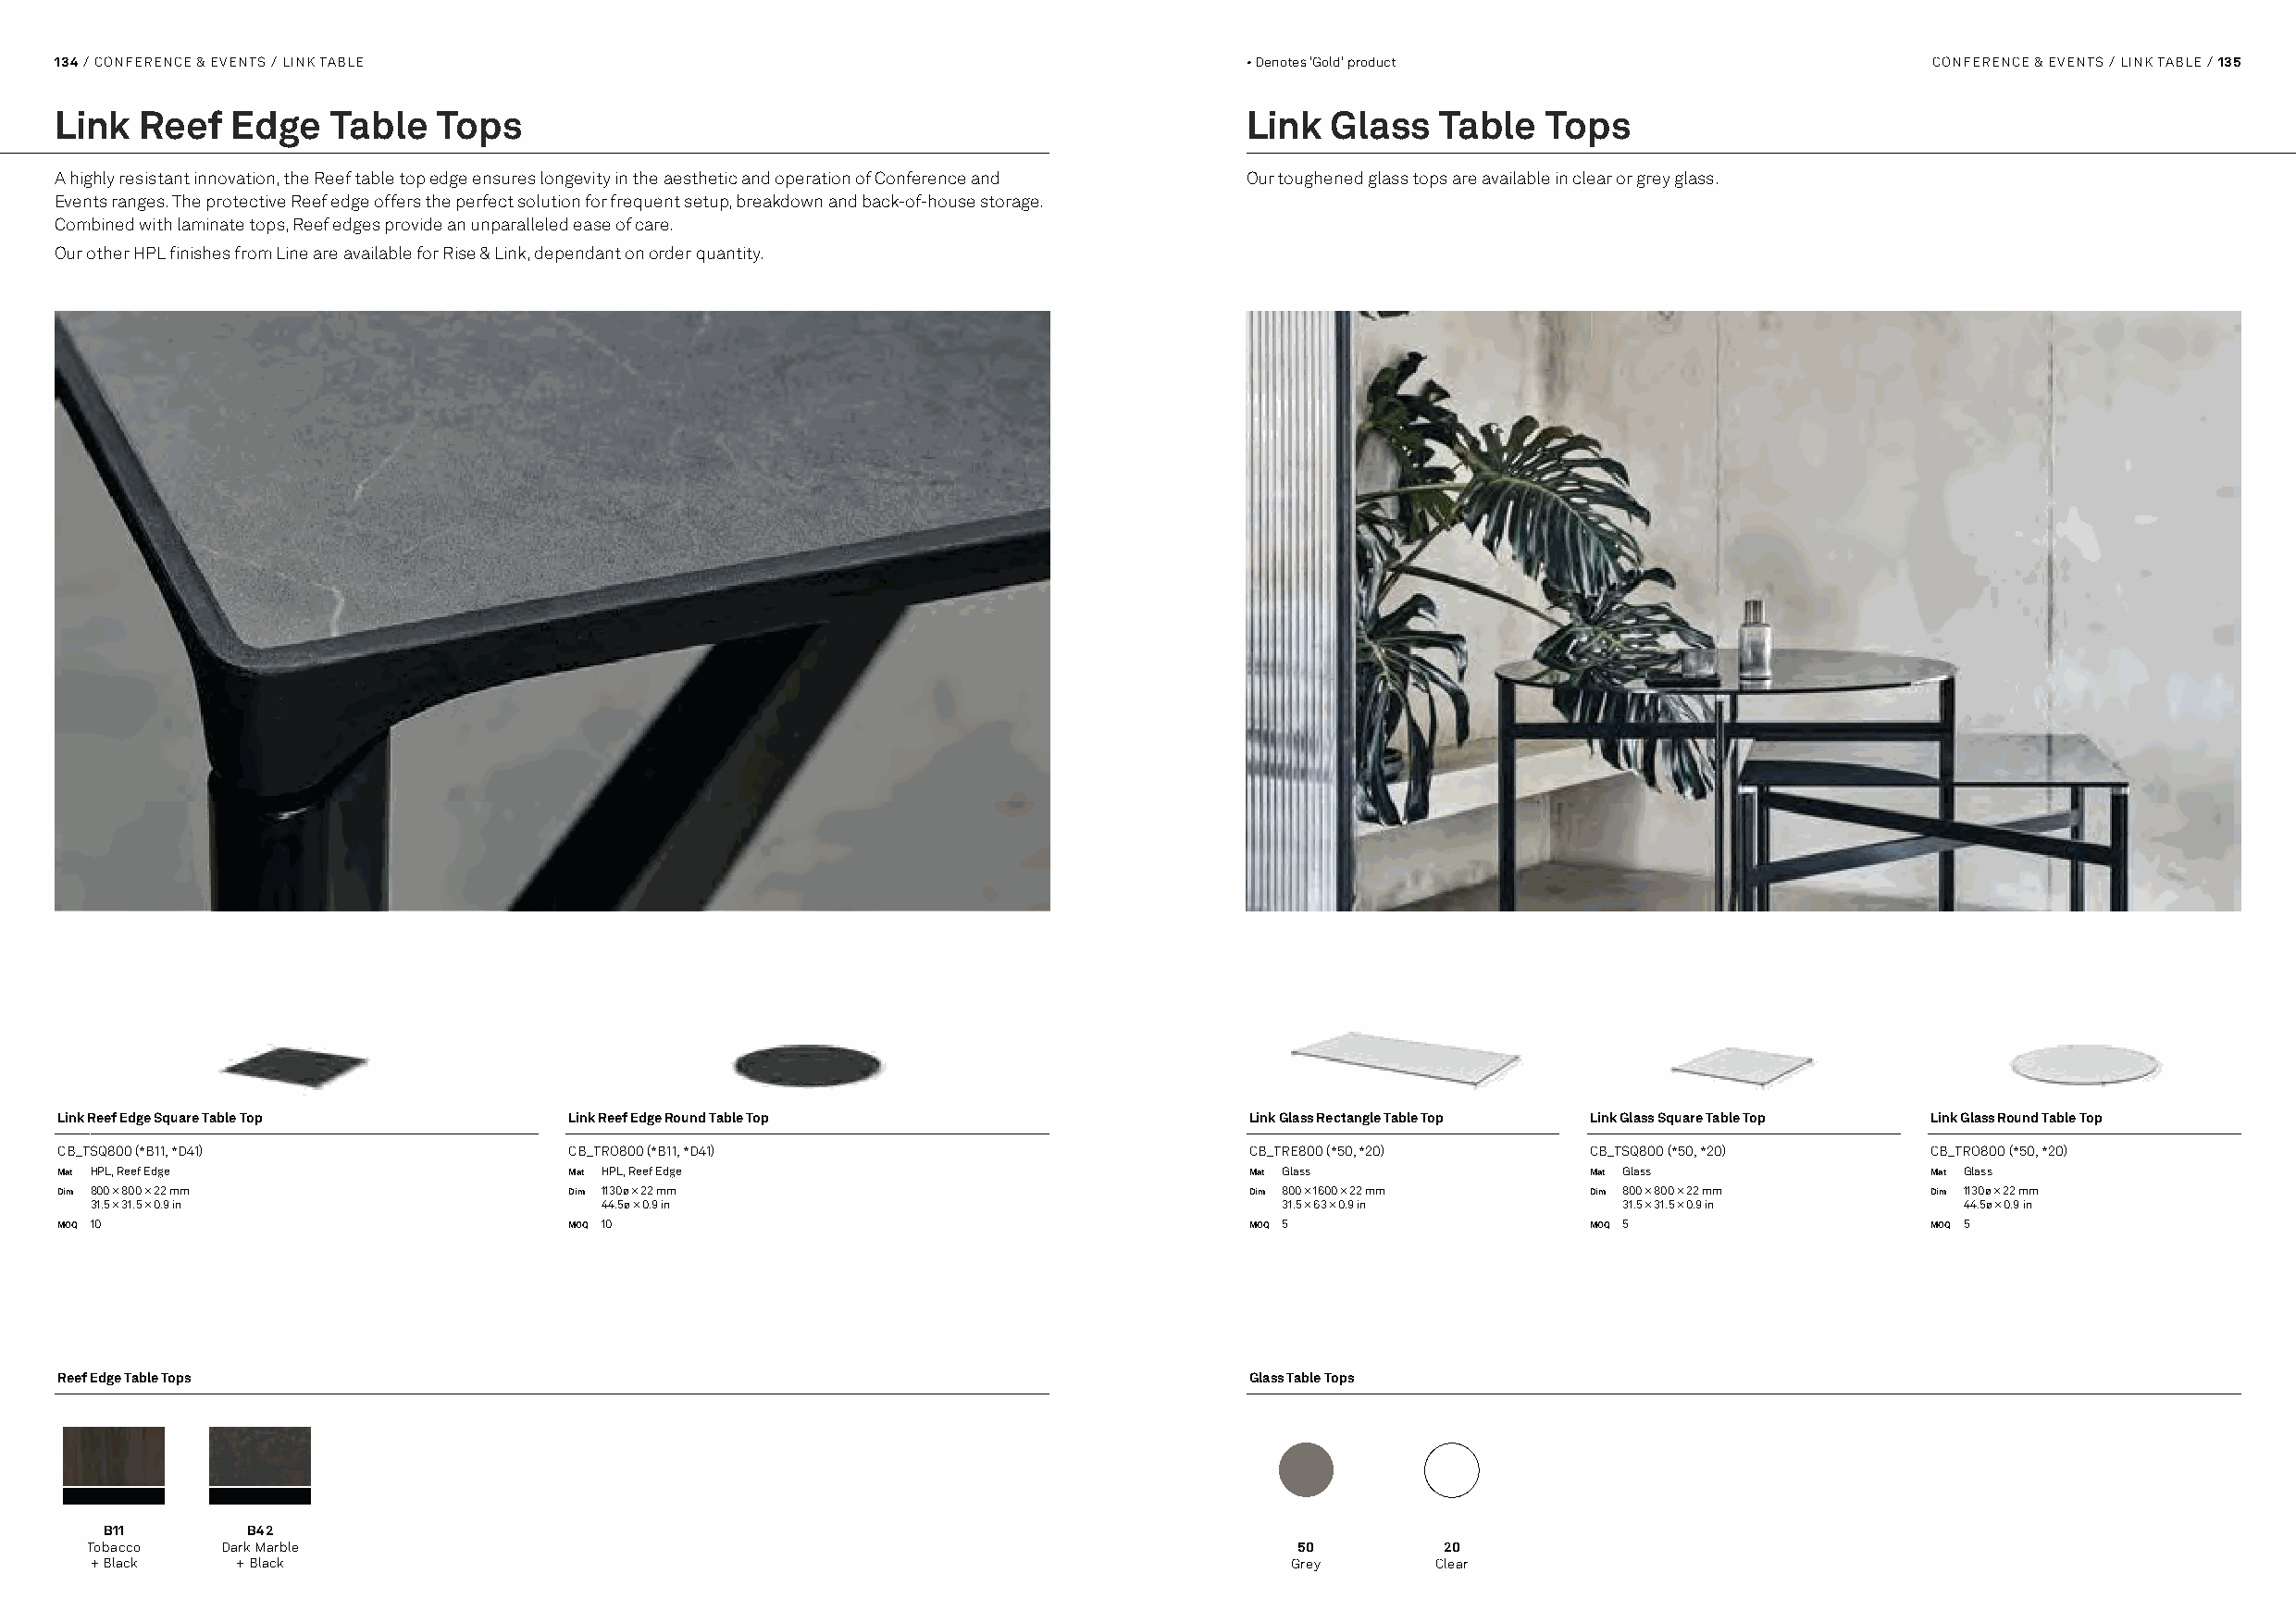
134 / CONFERENCE & EVENTS / LINK TABLE                                               • Denotes 'Gold' product                         CONFERENCE & EVENTS / LINK TABLE / 135
 Link  Reef   Edge   Table  Tops                                                      Link  Glass   Table   Tops
 A highly resistant innovation, the Reef table top edge ensures longevity in the aesthetic and operation of Conference and Our toughened glass tops are available in clear or grey glass.
 Events ranges. The protective Reef edge offers the perfect solution for frequent setup, breakdown and back-of-house storage.
 Combined with laminate tops, Reef edges provide an unparalleled ease of care.
 Our other HPL finishes from Line are available for Rise & Link, dependant on order quantity.
 Link Reef Edge Square Table Top      Link Reef Edge Round Table Top                  Link Glass Rectangle Table Top Link Glass Square Table Top Link Glass Round Table Top
 CB_TSQ800 (*B11, *D41)               CB_TRO800 (*B11, *D41)                          CB_TRE800 (*50, *20)     CB_TSQ800 (*50, *20)    CB_TRO800 (*50, *20)
 Mat HPL, Reef Edge                   Mat HPL, Reef Edge                              Mat Glass                Mat Glass               Mat Glass
 Dim 800 × 800 × 22 mm                Dim 1130ø × 22 mm                               Dim 800 × 1600 × 22 mm   Dim 800 × 800 × 22 mm   Dim 1130ø × 22 mm
 31.5 × 31.5 × 0.9 in                 44.5ø × 0.9 in                                   31.5 × 63 × 0.9 in      31.5 × 31.5 × 0.9 in    44.5ø × 0.9 in
 MOQ 10                               MOQ 10                                          MOQ 5                    MOQ 5                   MOQ 5
 Reef Edge Table Tops                                                                 Glass Table Tops
 B11        B42
 Tobacco   Dark Marble                                                                  50        20
 + Black    + Black                                                                    Grey       Clear